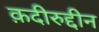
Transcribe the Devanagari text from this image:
क़दीरुद्दीन